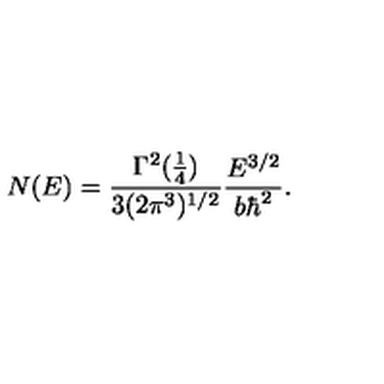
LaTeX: N ( E ) = { \frac { \Gamma ^ { 2 } ( { \frac { 1 } { 4 } } ) } { 3 ( 2 \pi ^ { 3 } ) ^ { 1 / 2 } } } { \frac { E ^ { 3 / 2 } } { b \hbar ^ { 2 } } } .